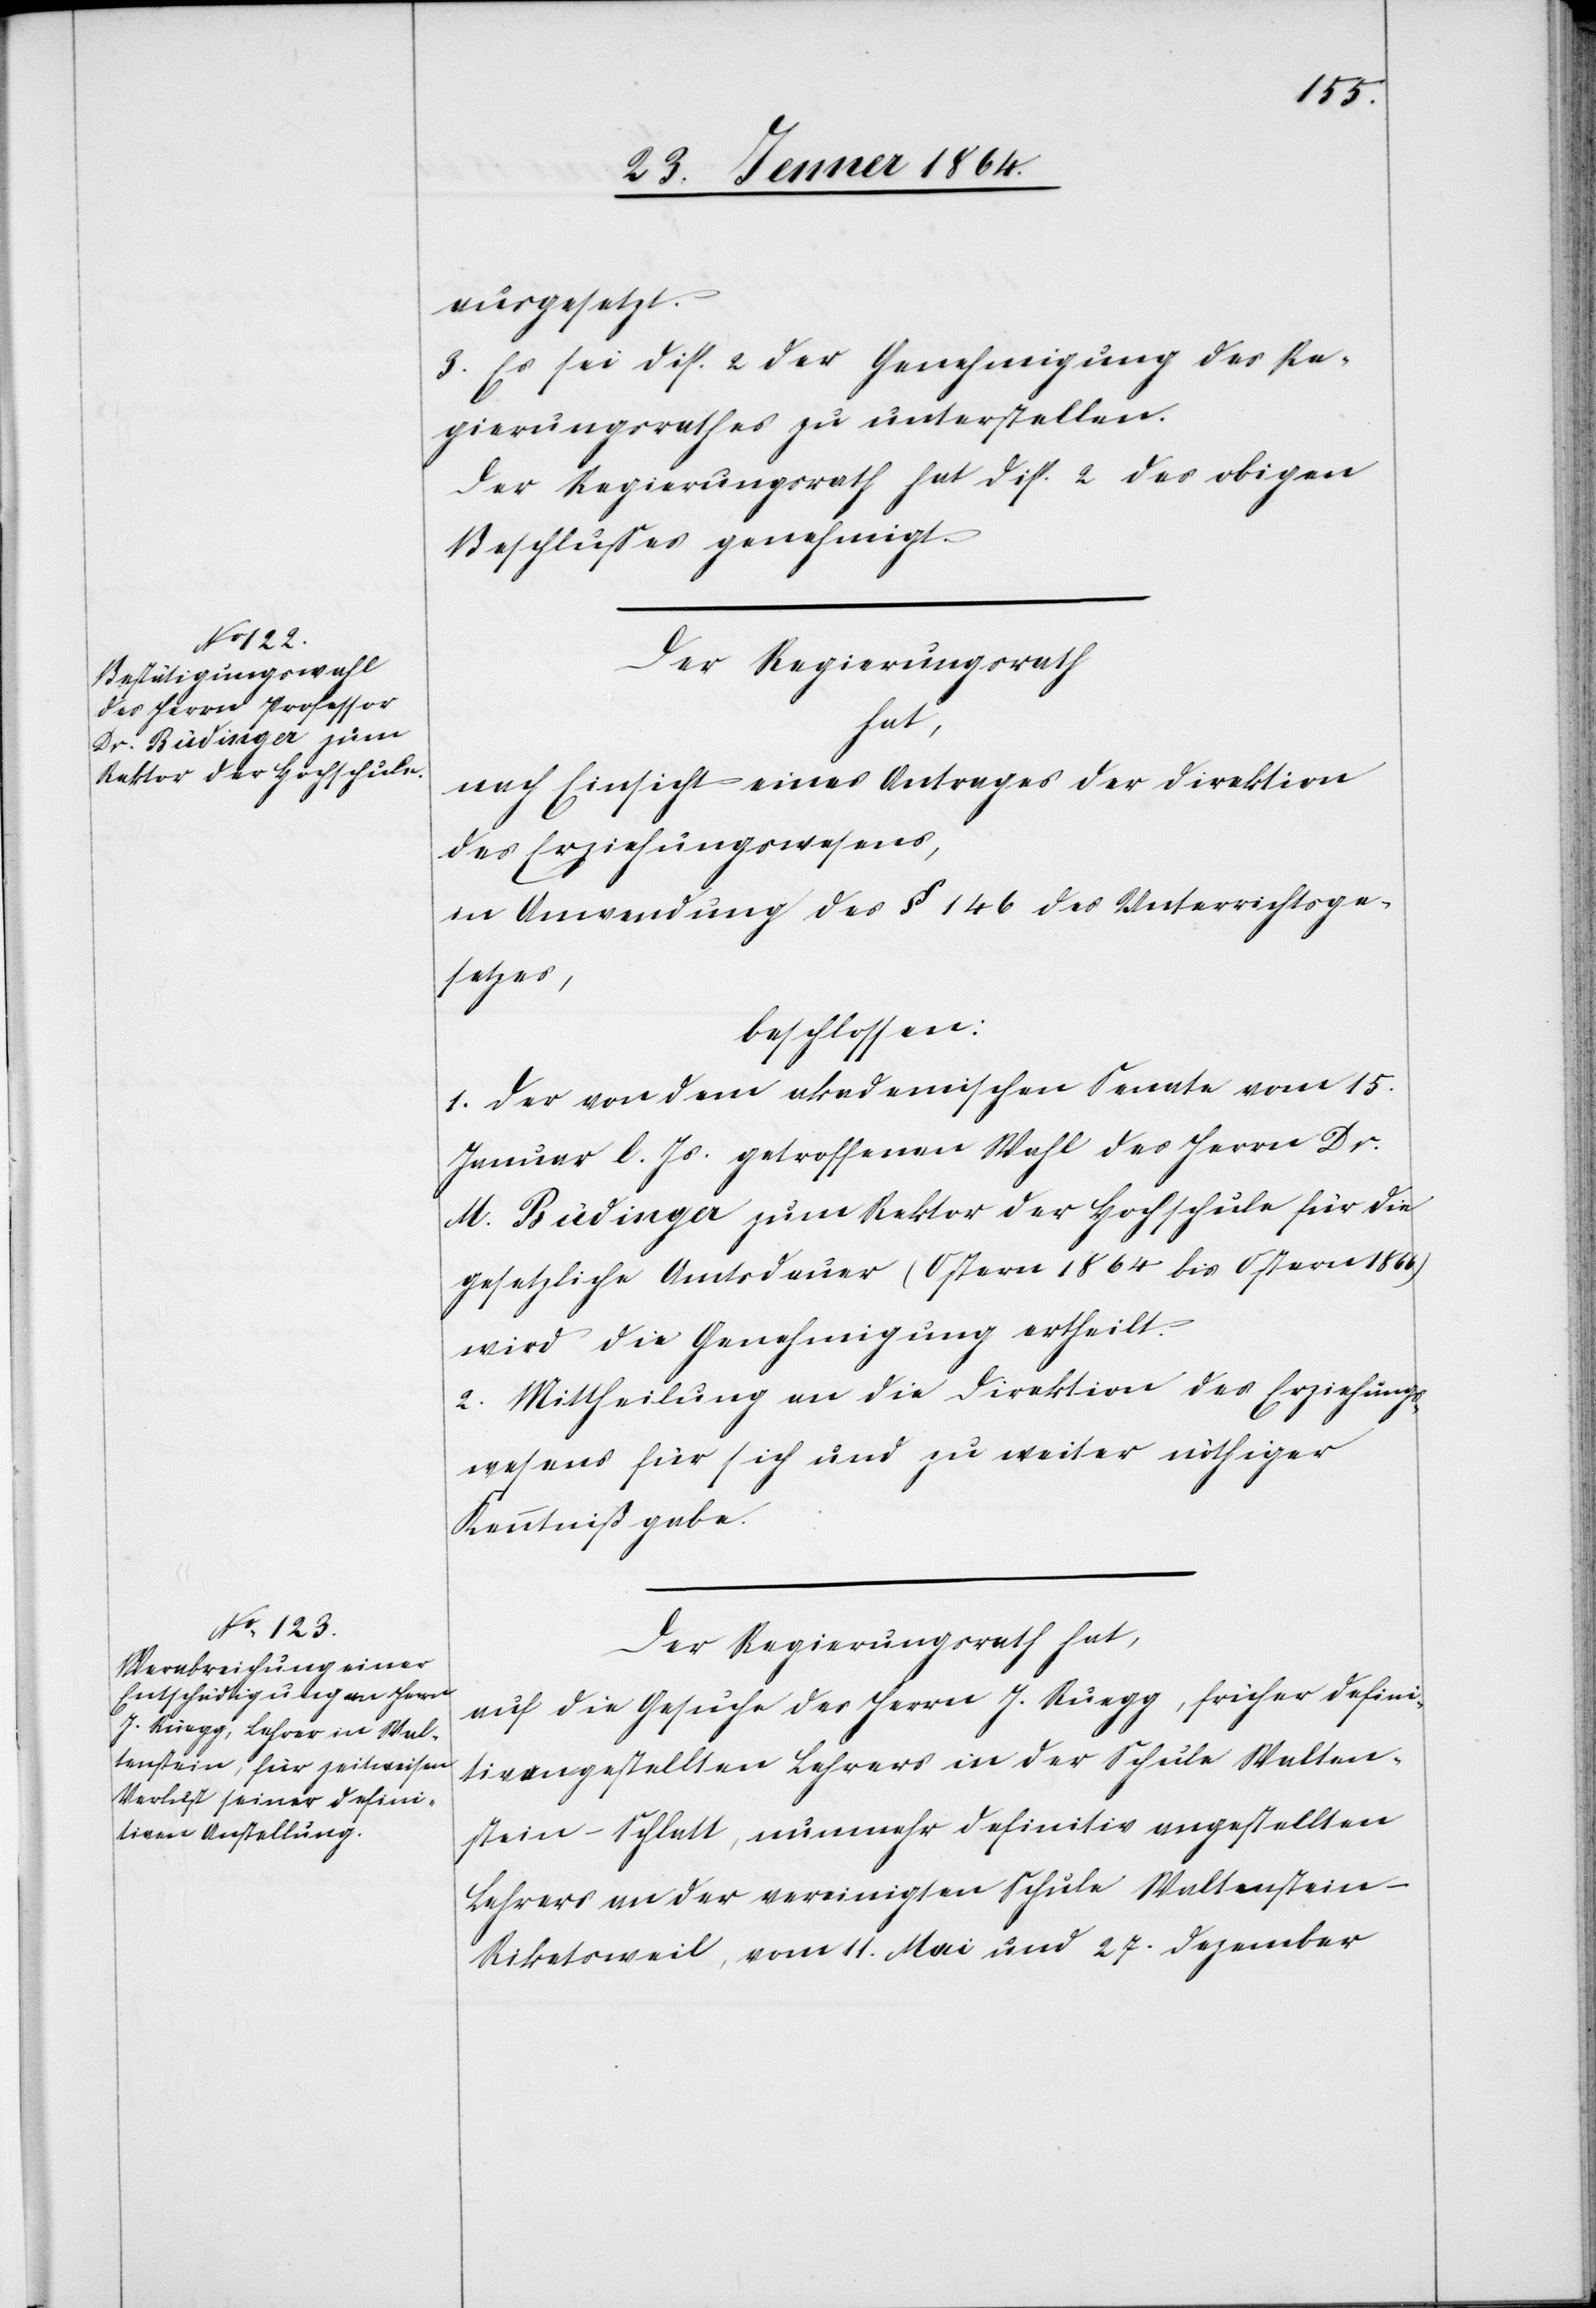
ausgesetzt.
3. Es sei Disp. 2 der Genehmigung des Re¬
gierungsrathes zu unterstellen.
Der Regierungsrath hat Disp. 2 des obigen
Beschlusses genehmigt.
Der Regierungsrath
hat,
nach Einsicht eines Antrages der Direktion
des Erziehungswesens,
in Anwendung des § 146 des Unterrichtsge¬
setzes
beschlossen:
1. Der von dem akademischen Senate vom 15.
Januar l. Js. getroffenen Wahl des Herrn Dr.
M. Rüdinger zum Rektor der Hochschule für die
gesetzliche Amtsdauer (Ostern 1864 bis Ostern 1866)
wird die Genehmigung ertheilt.
2. Mittheilung an die Direktion des Erziehungs¬
wesens für sich und zu weiter nöthiger
Kenntnißgabe.
Der Regierungsrath hat,
auf die Gesuche des Herrn J. Rüegg, früher defini¬
tiv angestellten Lehrers in der Schule Walten¬
stein-Schlatt, nunmehr definitiv angestellten
Lehrers an der vereinigten Schule Waltenstein-R¬
iketsweil, vom 11. Mai und 27. Dezember